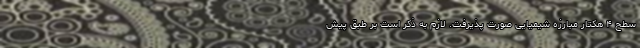
سطح ۴ هکتار مبارزه شیمیایی صورت پذیرفت. لازم به ذکر است بر طبق پیش